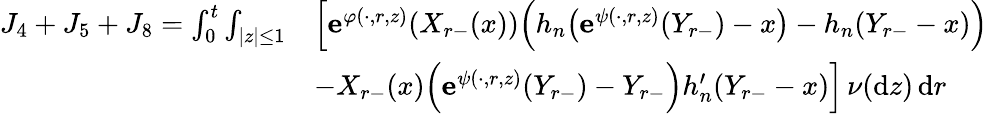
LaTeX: \begin{array}{rl}{J_{4}+J_{5}+J_{8}=\int_{0}^{t}\int_{|z|\leq 1}}&{\Big[\mathbf{e}^{\varphi(\cdot,r,z)}(X_{r-}(x))\Big(h_{n}\big(\mathbf{e}^{\psi(\cdot,r,z)}(Y_{r-})-x\big)-h_{n}(Y_{r-}-x)\Big)}\\ &{-X_{r-}(x)\Big(\mathbf{e}^{\psi(\cdot,r,z)}(Y_{r-})-Y_{r-}\Big)h_{n}^{\prime}(Y_{r-}-x)\Big]\, \nu(\mathrm{d}z)\, \mathrm{d}r}\end{array}